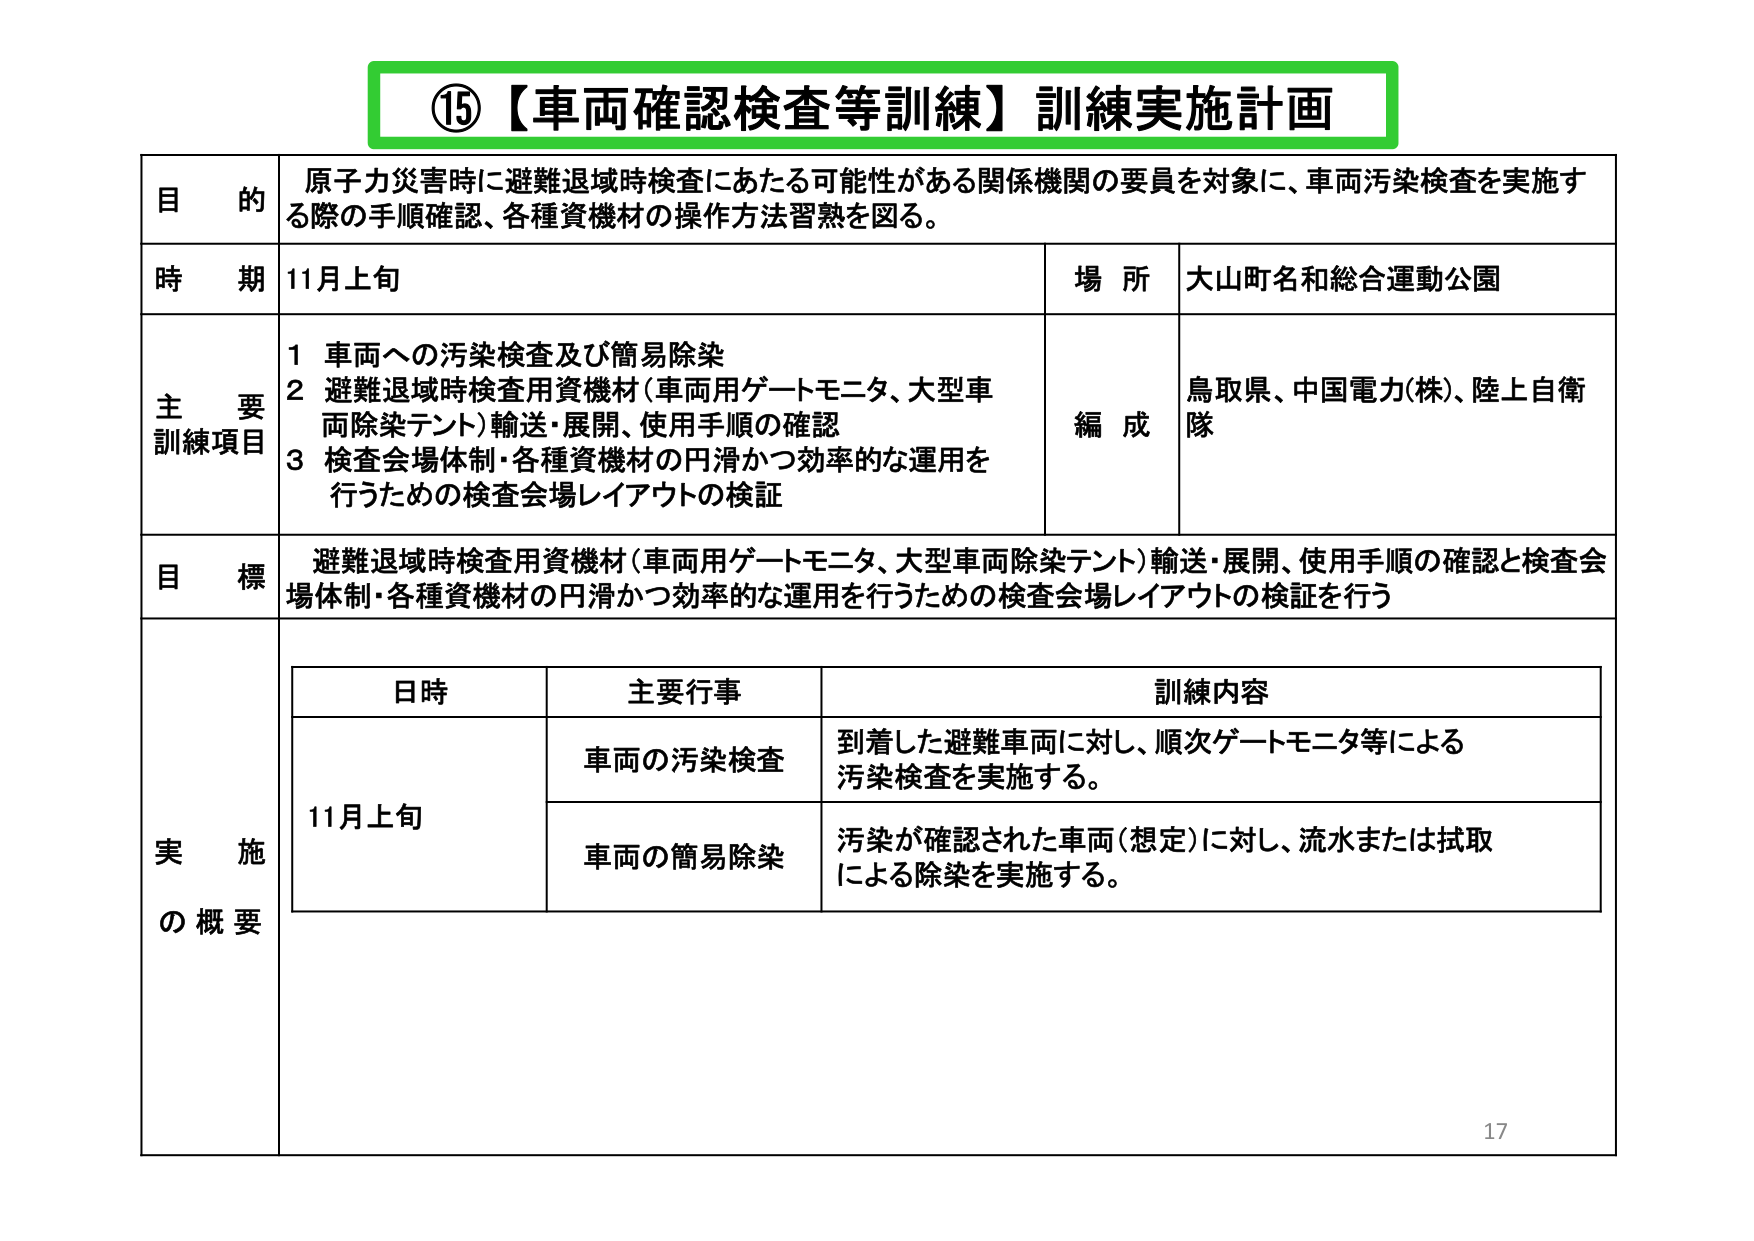
⑮【車両確認検査等訓練】訓練実施計画

目的
原子力災害時に避難退域時検査にあたる可能性がある関係機関の要員を対象に、車両汚染検査を実施する際の手順確認、各種資機材の操作方法習熟を図る。

時期
11月上旬

場所
大山町名和総合運動公園

主要訓練項目
1 車両への汚染検査及び簡易除染
2 避難退域時検査用資機材（車両用ゲートモニタ、大型車両除染テント）輸送・展開、使用手順の確認
3 検査会場体制・各種資機材の円滑かつ効率的な運用を行うための検査会場レイアウトの検証

編成
鳥取県、中国電力（株）、陸上自衛隊

目標
避難退域時検査用資機材（車両用ゲートモニタ、大型車両除染テント）輸送・展開、使用手順の確認と検査会場体制・各種資機材の円滑かつ効率的な運用を行うための検査会場レイアウトの検証を行う

実施の概要

日時 主要行事 訓練内容
11月上旬 車両の汚染検査 到着した避難車両に対し、順次ゲートモニタ等による汚染検査を実施する。
車両の簡易除染 汚染が確認された車両（想定）に対し、流水または拭取による除染を実施する。

17